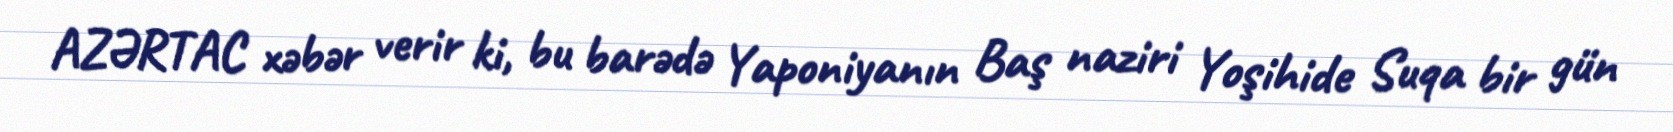
AZƏRTAC xəbər verir ki, bu barədə Yaponiyanın Baş naziri Yoşihide Suqa bir gün